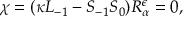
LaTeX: \chi = ( \kappa L _ { - 1 } - S _ { - 1 } S _ { 0 } ) R _ { \alpha } ^ { \epsilon } = 0 ,